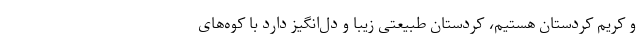
و کریم کردستان هستیم، کردستان طبیعتی زیبا و دل‌انگیز دارد با کوه‌های